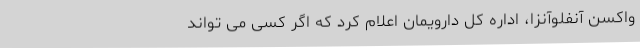
واکسن آنفلوآنزا، اداره کل دارویمان اعلام کرد که اگر کسی می ‌تواند